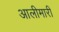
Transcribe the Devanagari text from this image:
आलीमारी